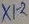
Text: X12